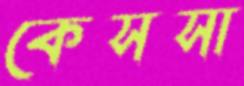
কেসসা